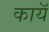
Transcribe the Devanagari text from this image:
कायॅ